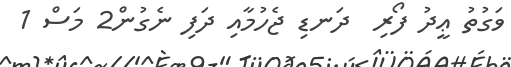
ވަގުތު ޢީދު ފޯރި  ދަނޑި ޖެހުމާއި ދަފި ނެގުން2 މަސް 1